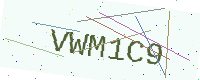
Text: VWM1C9